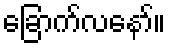
ခြောက်လနော်။